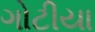
ગોટીયા